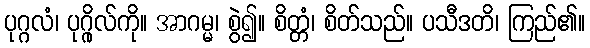
ပုဂ္ဂလံ၊ ပုဂ္ဂိုလ်ကို။ အာဂမ္မ၊ စွဲ၍။ စိတ္တံ၊ စိတ်သည်။ ပသီဒတိ၊ ကြည်၏။